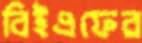
বিইএফের